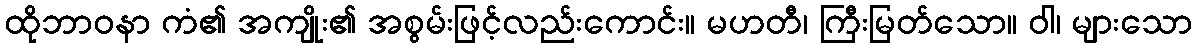
ထိုဘာဝနာ ကံ၏ အကျိုး၏ အစွမ်းဖြင့်လည်းကောင်း။ မဟတီ၊ ကြီးမြတ်သော။ ဝါ၊ များသော